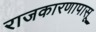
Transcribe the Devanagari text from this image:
राजकारणापासू